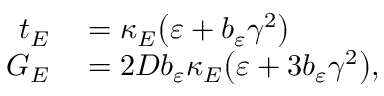
\begin{array} { r l } { t _ { E } } & { { } = \kappa _ { E } \big ( \varepsilon + b _ { \varepsilon } \gamma ^ { 2 } \big ) } \\ { G _ { E } } & { { } = 2 D b _ { \varepsilon } \kappa _ { E } \big ( \varepsilon + 3 b _ { \varepsilon } \gamma ^ { 2 } \big ) , } \end{array}